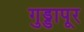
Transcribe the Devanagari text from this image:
गुड्डापूर